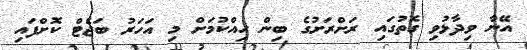
އޭނާ ވިދާޅުވި ގޮތުގައި ރަށްރަށުގެ ބިން ހިއްކުމަށް މި އަހަރު ބަޖެޓް ކޮށްފައި